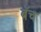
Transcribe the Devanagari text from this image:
बॅच